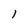
Character: l